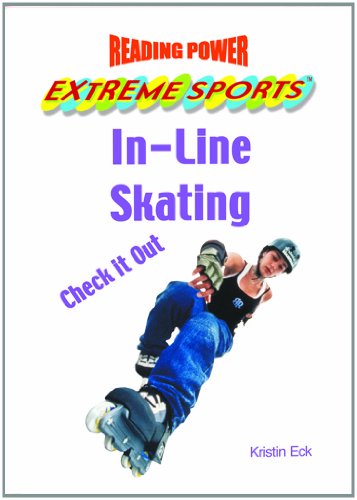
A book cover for In-Line Skating: Check It Out! (Reading Power: Extreme Sports); Kristin Eck; Sports & Outdoors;